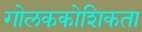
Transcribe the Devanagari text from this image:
गोलककोशिकता